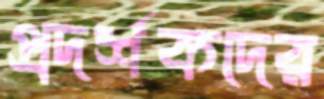
প্রদর্শকদের